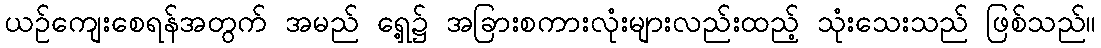
ယဉ်ကျေးစေရန်အတွက် အမည် ရှေ့၌ အခြားစကားလုံးများလည်းထည့် သုံးသေးသည် ဖြစ်သည်။